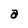
Character: a